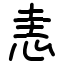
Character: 恚